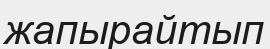
жапырайтып